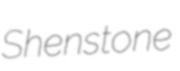
Shenstone